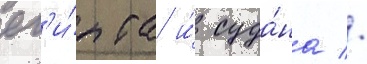
ег'и́пта и́ суда́на //